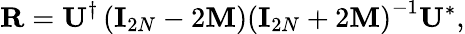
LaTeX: {\mathbf R}={\mathbf U}^{\dagger}\left({\mathbf I}_{2N}-2{\mathbf M}\right)\left({\mathbf I}_{2N}+2{\mathbf M}\right)^{-1}{\mathbf U}^{*},